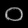
Digit: ၀